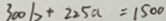
3 0 0 b + 2 2 5 a = 1 5 0 0